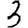
Digit: 3